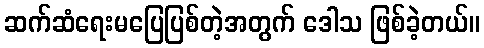
ဆက်ဆံရေးမပြေပြစ်တဲ့အတွက် ဒေါသ ဖြစ်ခဲ့တယ်။